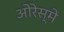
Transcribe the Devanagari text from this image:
ओरेस्मे